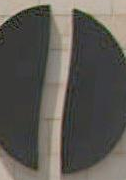
10